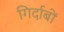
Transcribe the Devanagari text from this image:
गिर्दाबों